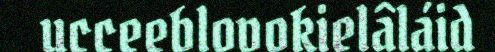
ucceeblovokielâláid